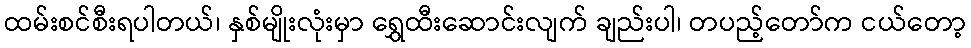
ထမ်းစင်စီးရပါတယ်၊ နှစ်မျိုးလုံးမှာ ရွှေထီးဆောင်းလျက် ချည်းပါ၊ တပည့်တော်က ငယ်တော့